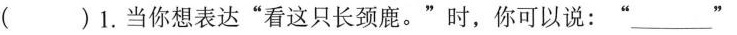
( ) 1. 当你想表达“看这只长颈鹿。"时,你可以说:“___ "